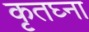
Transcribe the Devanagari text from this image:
कृतघ्ना